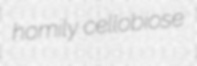
homily cellobiose